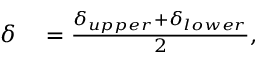
\begin{array} { r l } { \delta } & { { } = \frac { \delta _ { u p p e r } + \delta _ { l o w e r } } { 2 } , } \end{array}